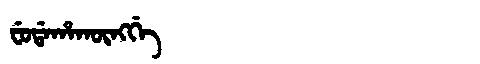
Manchu: ᠸᡠᡩᠠᡥᠠᡴᡡᠩᡤᡝ
Romanization: FUDAHAKŪNGGE